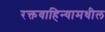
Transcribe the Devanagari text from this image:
रक्तवाहिन्यामधील